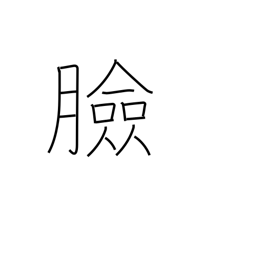
Meaning: face